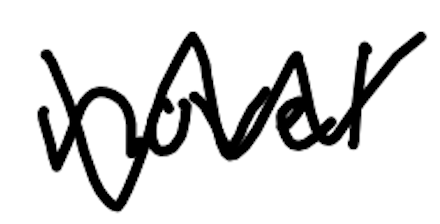
Text: novel
Cross-out: zig-zag
Writing tool: digital_black